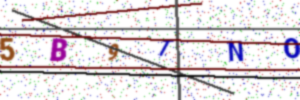
Text: 5B9TNO